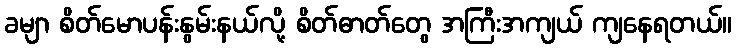
ခမျာ စိတ်မောပန်းနွမ်းနယ်လို့ စိတ်ဓာတ်တွေ အကြီးအကျယ် ကျနေရတယ်။